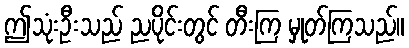
ဤသုံးဦးသည် ညပိုင်းတွင် တီးကြ မှုတ်ကြသည်။